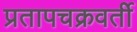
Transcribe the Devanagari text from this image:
प्रतापचक्रवर्ती